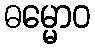
ဓမ္မောဝ